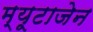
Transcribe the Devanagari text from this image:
म्यूटाजेन